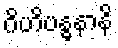
ဂိဟိဗန္ဓနာနိ